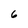
Character: 6